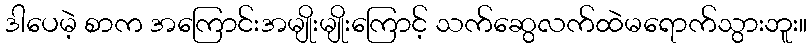
ဒါပေမဲ့ စာက အကြောင်းအမျိုးမျိုးကြောင့် သက်ဆွေလက်ထဲမရောက်သွားဘူး။